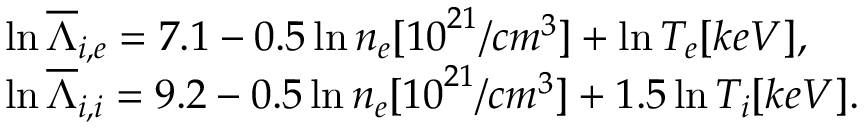
\begin{array} { r l } & { \ln { { \overline { { \Lambda } } } _ { i , e } } = 7 . 1 - 0 . 5 \ln { { n } _ { e } } [ { { 1 0 } ^ { 2 1 } } / c { { m } ^ { 3 } } ] + \ln { { T } _ { e } } [ k e V ] , } \\ & { \ln { { \overline { { \Lambda } } } _ { i , i } } = 9 . 2 - 0 . 5 \ln { { n } _ { e } } [ { { 1 0 } ^ { 2 1 } } / c { { m } ^ { 3 } } ] + 1 . 5 \ln { { T } _ { i } } [ k e V ] . } \end{array}